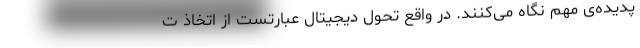
پدیده‌ی مهم نگاه می‌کنند. در واقع تحول دیجیتال عبارتست از اتخاذ ت